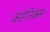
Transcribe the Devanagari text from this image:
क्सेनिक्स